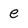
Character: e